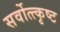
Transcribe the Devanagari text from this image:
सर्वोत्त्कृष्ट